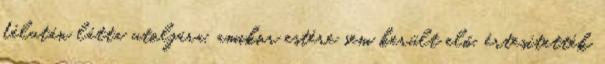
délután látta utoljára, amikor estére sem került elő, értesítették